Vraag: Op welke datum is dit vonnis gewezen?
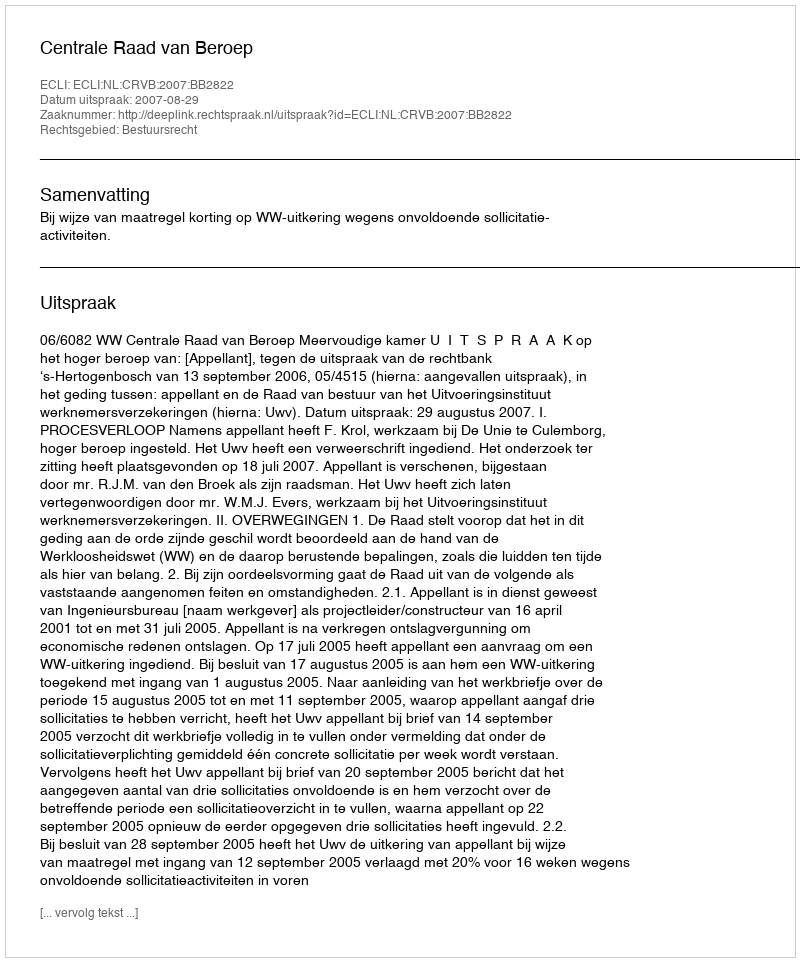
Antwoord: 2007-08-29